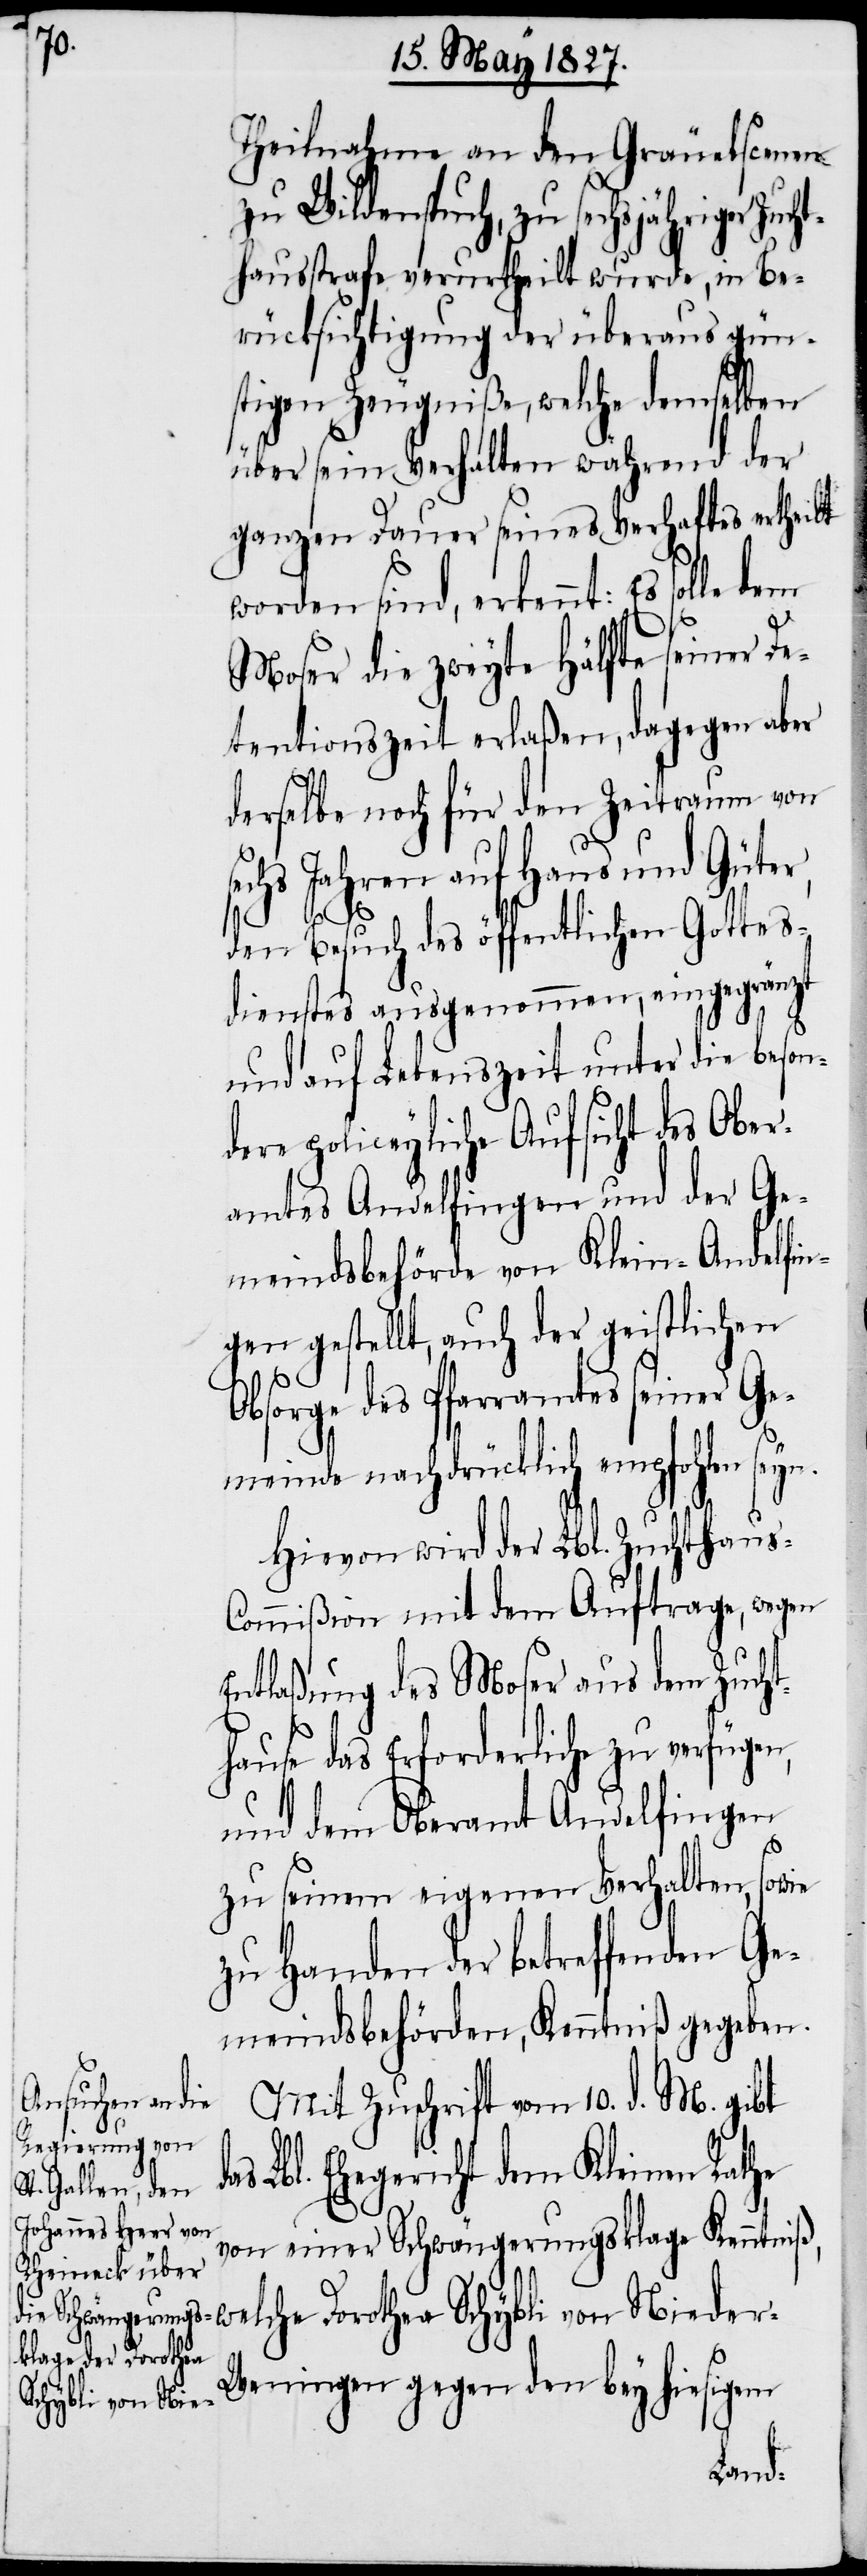
Theilnahme an den Gräuelscenen
zu seinem Verhalten, sowie
hausstrafe verurtheilt wurde, in Be¬
rücksichtigung der überaus gün¬
stigen Zeugniße, welche demselben
über sein Verhalten während der
ganzen Dauer seines Verhaftes ertheilt
worden sind, erkennt: Es solle
dem
Moser die zweyte Hälfte seiner De¬
tentionszeit erlaßen, dagegen aber
derselbe noch für den Zeitraum von
sechs Jahren auf Haus und Güter,
der-W¬
den Besuch des öffentlichen Gottes¬
dienstes ausgenommen, eingegränzt
und auf Lebenszeit unter die beson¬
dere policeyliche Aufsicht des Ober¬
amtes Andelfingen und der Ge¬
meindsbehörde von Klein-Andelfin¬
gen gestellt, auch der geistlichen
Obsorge des Pfarramtes seiner Ge¬
meinde nachdrücklich empfohlen seyn.
Hievon wird der Lbl. Zuchthaus-C¬
ommißion mit dem Auftrage, wegen
Entlaßung des Moser aus dem Zucht¬
hause das Erforderliche zu verfügen,
und dem Oberamt Andelfingen
da¬
zu Handen der betreffenden Ge¬
meindsbehörde, Kenntniß gegeben.
Mit Zuschrift vom 10. d. M. gibt
s Lbl. Ehegericht dem Kleinen Rathe
von einer Schwängerungsklage Kenntniß,
eningen gegen den bey hiesigem
Schybli von Nie¬